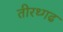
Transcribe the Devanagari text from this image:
तीरथ्गढ